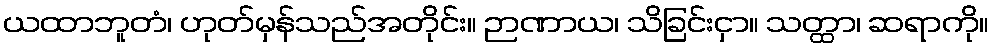
ယထာဘူတံ၊ ဟုတ်မှန်သည်အတိုင်း။ ဉာဏာယ၊ သိခြင်းငှာ။ သတ္ထာ၊ ဆရာကို။